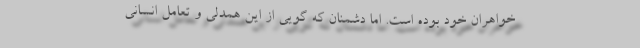
خواهران خود بوده است. اما دشمنان که گویی از این همدلی و تعامل انسانی